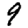
Digit: 9